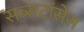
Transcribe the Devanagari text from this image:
सब्सटांसेस